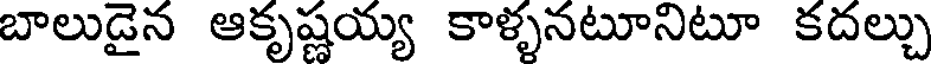
బాలుడైన ఆకృష్ణయ్య కాళ్ళనటూనిటూ కదల్చు